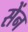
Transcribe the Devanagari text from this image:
सेंन